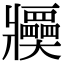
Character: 𤖤